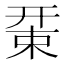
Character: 𢆚